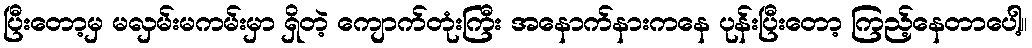
ပြီးတော့မှ မလှမ်းမကမ်းမှာ ရှိတဲ့ ကျောက်တုံးကြီး အနောက်နားကနေ ပုန်းပြီးတော့ ကြည့်နေတာပေါ့။